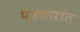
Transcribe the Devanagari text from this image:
पत्रकारांत